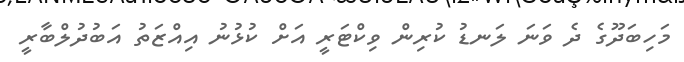
މަހިބަދޫގެ ދެ ވަނަ ލަނޑު ކުރިން ވިކްޓަރީ އަށް ކުޅުނު އިއްޒަތު އަބުދުލްބާރީ